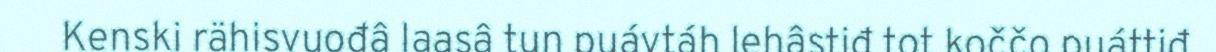
Kenski rähisvuođâ laasâ tun puávtáh lehâstiđ tot koččo puáttiđ